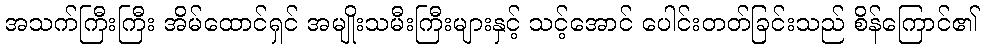
အသက်ကြီးကြီး အိမ်ထောင်ရှင် အမျိုးသမီးကြီးများနှင့် သင့်အောင် ပေါင်းတတ်ခြင်းသည် စိန်ကြောင်၏